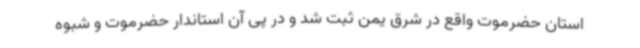
استان حضرموت واقع در شرق یمن ثبت شد و در پی آن استاندار حضرموت و شبوه